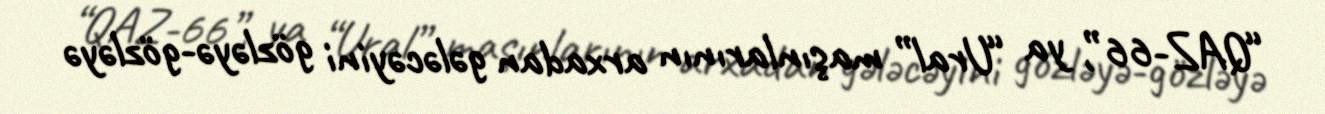
“QAZ-66”, ya “Ural” maşınlarının arxadan gələcəyini gözləyə-gözləyə